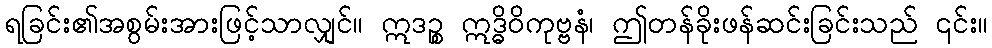
ရခြင်း၏အစွမ်းအားဖြင့်သာလျှင်။ ဣဒဉ္စ ဣဒ္ဓိဝိကုဗ္ဗနံ၊ ဤတန်ခိုးဖန်ဆင်းခြင်းသည် ၎င်း။